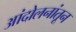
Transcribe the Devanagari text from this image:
आंदोलनांतून